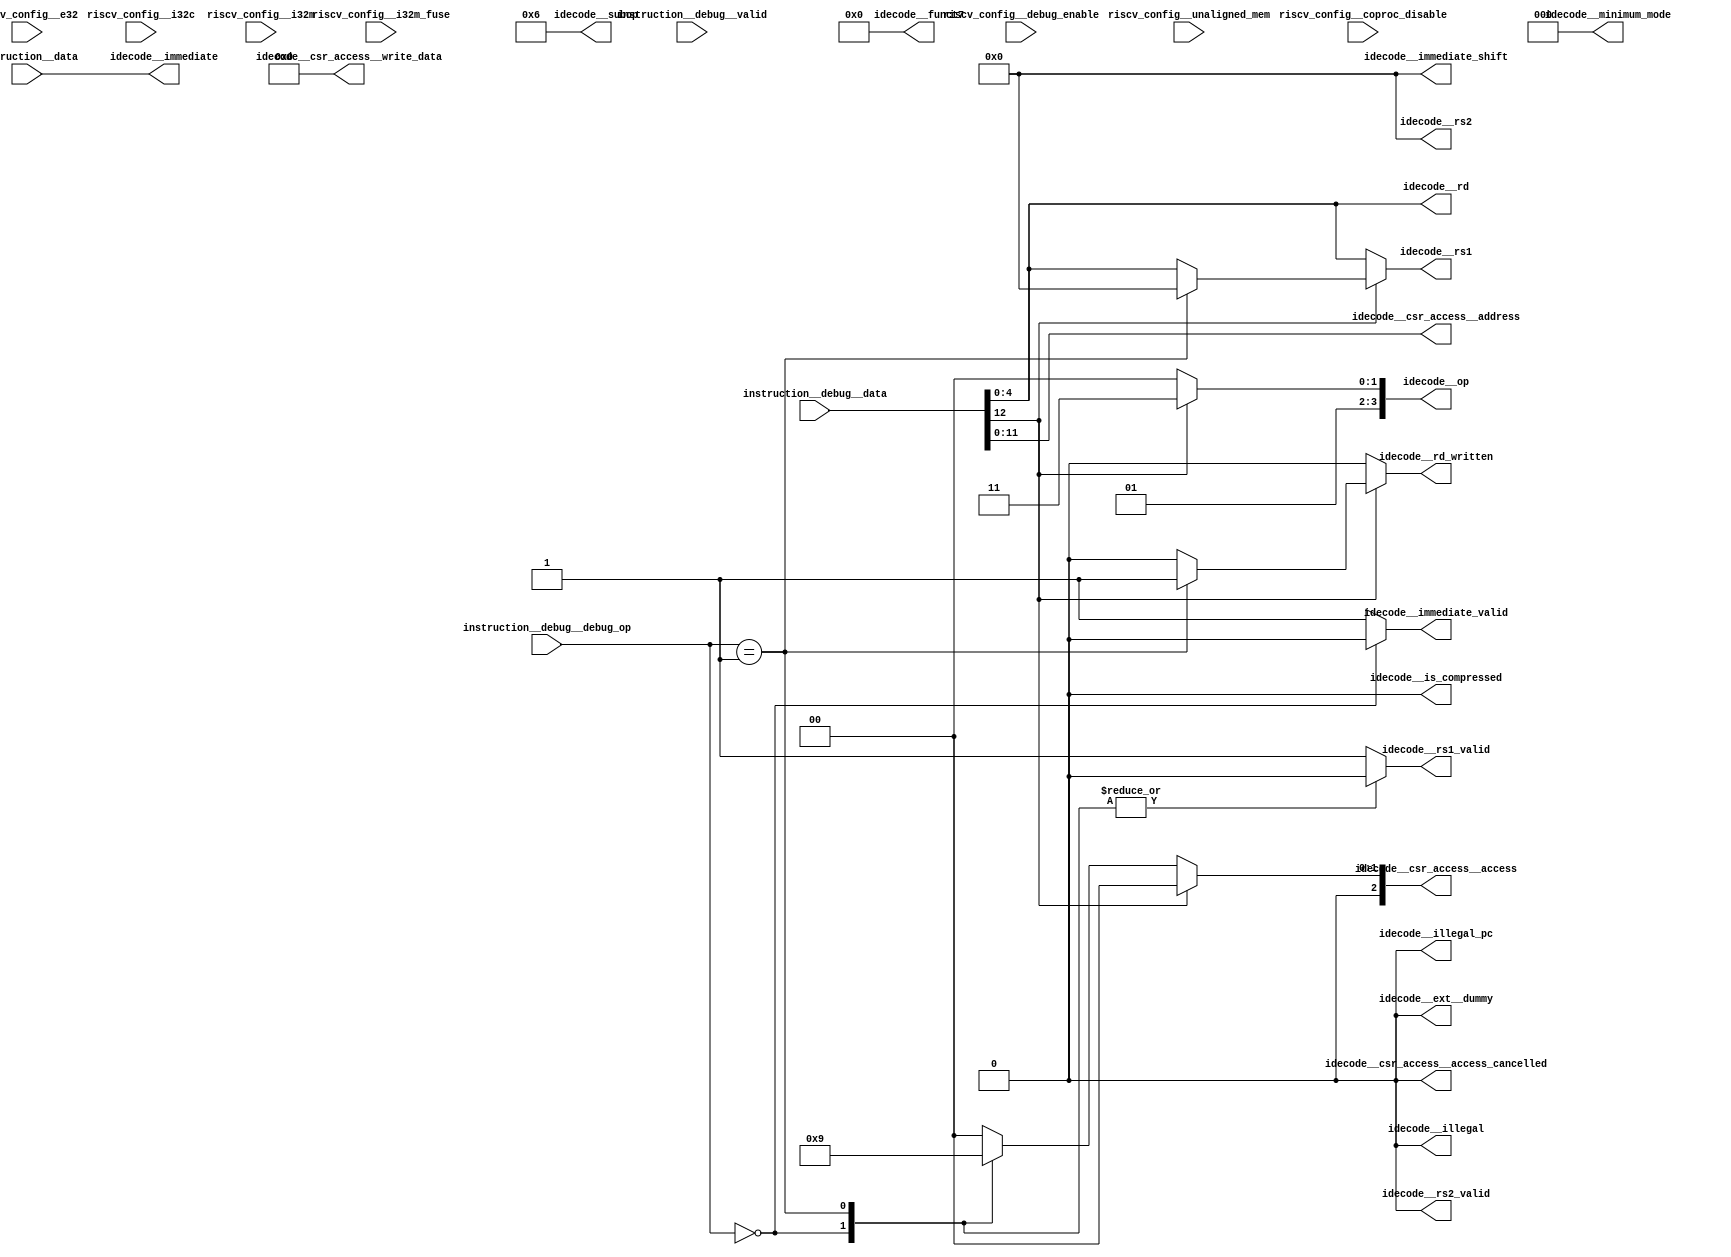
//a Note: created by CDL 1.4 - do not hand edit without recognizing it will be out of sync with the source
// Output mode 0 (VMOD=1, standard verilog=0)
// Verilog option comb reg suffix '__var'
// Verilog option include_displays 0
// Verilog option include_assertions 1
// Verilog option sv_assertions 0
// Verilog option assert delay string '<NULL>'
// Verilog option include_coverage 0
// Verilog option clock_gate_module_instance_type 'banana'
// Verilog option clock_gate_module_instance_extra_ports ''
// Verilog option use_always_at_star 1
// Verilog option clocks_must_have_enables 1

//a Module riscv_i32_debug_decode
    //   
    //   Instruction decoder for RISC-V debugger
    //   
module riscv_i32_debug_decode
(

    riscv_config__i32c,
    riscv_config__e32,
    riscv_config__i32m,
    riscv_config__i32m_fuse,
    riscv_config__debug_enable,
    riscv_config__coproc_disable,
    riscv_config__unaligned_mem,
    instruction__data,
    instruction__debug__valid,
    instruction__debug__debug_op,
    instruction__debug__data,

    idecode__rs1,
    idecode__rs1_valid,
    idecode__rs2,
    idecode__rs2_valid,
    idecode__rd,
    idecode__rd_written,
    idecode__csr_access__access_cancelled,
    idecode__csr_access__access,
    idecode__csr_access__address,
    idecode__csr_access__write_data,
    idecode__immediate,
    idecode__immediate_shift,
    idecode__immediate_valid,
    idecode__op,
    idecode__subop,
    idecode__funct7,
    idecode__minimum_mode,
    idecode__illegal,
    idecode__illegal_pc,
    idecode__is_compressed,
    idecode__ext__dummy
);

    //b Clocks

    //b Inputs
    input riscv_config__i32c;
    input riscv_config__e32;
    input riscv_config__i32m;
    input riscv_config__i32m_fuse;
    input riscv_config__debug_enable;
    input riscv_config__coproc_disable;
    input riscv_config__unaligned_mem;
    input [31:0]instruction__data;
    input instruction__debug__valid;
    input [1:0]instruction__debug__debug_op;
    input [15:0]instruction__debug__data;

    //b Outputs
    output [4:0]idecode__rs1;
    output idecode__rs1_valid;
    output [4:0]idecode__rs2;
    output idecode__rs2_valid;
    output [4:0]idecode__rd;
    output idecode__rd_written;
    output idecode__csr_access__access_cancelled;
    output [2:0]idecode__csr_access__access;
    output [11:0]idecode__csr_access__address;
    output [31:0]idecode__csr_access__write_data;
    output [31:0]idecode__immediate;
    output [4:0]idecode__immediate_shift;
    output idecode__immediate_valid;
    output [3:0]idecode__op;
    output [3:0]idecode__subop;
    output [6:0]idecode__funct7;
    output [2:0]idecode__minimum_mode;
    output idecode__illegal;
    output idecode__illegal_pc;
    output idecode__is_compressed;
    output idecode__ext__dummy;

// output components here

    //b Output combinatorials
    reg [4:0]idecode__rs1;
    reg idecode__rs1_valid;
    reg [4:0]idecode__rs2;
    reg idecode__rs2_valid;
    reg [4:0]idecode__rd;
    reg idecode__rd_written;
    reg idecode__csr_access__access_cancelled;
    reg [2:0]idecode__csr_access__access;
    reg [11:0]idecode__csr_access__address;
    reg [31:0]idecode__csr_access__write_data;
    reg [31:0]idecode__immediate;
    reg [4:0]idecode__immediate_shift;
    reg idecode__immediate_valid;
    reg [3:0]idecode__op;
    reg [3:0]idecode__subop;
    reg [6:0]idecode__funct7;
    reg [2:0]idecode__minimum_mode;
    reg idecode__illegal;
    reg idecode__illegal_pc;
    reg idecode__is_compressed;
    reg idecode__ext__dummy;

    //b Output nets

    //b Internal and output registers

    //b Internal combinatorials

    //b Internal nets

    //b Clock gating module instances
    //b Module instances
    //b idecode_logic combinatorial process
    always @ ( * )//idecode_logic
    begin: idecode_logic__comb_code
    reg [4:0]idecode__rs1__var;
    reg idecode__rs1_valid__var;
    reg [4:0]idecode__rs2__var;
    reg idecode__rs2_valid__var;
    reg [4:0]idecode__rd__var;
    reg idecode__rd_written__var;
    reg [2:0]idecode__csr_access__access__var;
    reg [11:0]idecode__csr_access__address__var;
    reg [31:0]idecode__immediate__var;
    reg idecode__immediate_valid__var;
    reg [3:0]idecode__op__var;
    reg [3:0]idecode__subop__var;
        idecode__rs1__var = 5'h0;
        idecode__rs1_valid__var = 1'h0;
        idecode__rs2__var = 5'h0;
        idecode__rs2_valid__var = 1'h0;
        idecode__rd__var = 5'h0;
        idecode__rd_written__var = 1'h0;
        idecode__csr_access__access_cancelled = 1'h0;
        idecode__csr_access__access__var = 3'h0;
        idecode__csr_access__address__var = 12'h0;
        idecode__csr_access__write_data = 32'h0;
        idecode__immediate__var = 32'h0;
        idecode__immediate_shift = 5'h0;
        idecode__immediate_valid__var = 1'h0;
        idecode__op__var = 4'h0;
        idecode__subop__var = 4'h0;
        idecode__funct7 = 7'h0;
        idecode__minimum_mode = 3'h0;
        idecode__illegal = 1'h0;
        idecode__illegal_pc = 1'h0;
        idecode__is_compressed = 1'h0;
        idecode__ext__dummy = 1'h0;
        if ((riscv_config__i32c!=1'h0))
        begin
            idecode__rs1_valid__var = 1'h0;
        end //if
        idecode__immediate__var = instruction__data;
        idecode__rs1__var = instruction__debug__data[4:0];
        idecode__rs1_valid__var = 1'h1;
        idecode__rs2__var = 5'h0;
        idecode__rs2_valid__var = 1'h0;
        idecode__rd__var = instruction__debug__data[4:0];
        idecode__rd_written__var = 1'h0;
        idecode__immediate_valid__var = 1'h1;
        idecode__op__var = 4'h7;
        idecode__subop__var = 4'h6;
        idecode__csr_access__access__var = 3'h0;
        idecode__csr_access__address__var = instruction__debug__data[11:0];
        if ((instruction__debug__data[12]!=1'h0))
        begin
            case (instruction__debug__debug_op) //synopsys parallel_case
            2'h0: // req 1
                begin
                idecode__rs1_valid__var = 1'h0;
                idecode__immediate_valid__var = 1'h0;
                end
            2'h1: // req 1
                begin
                idecode__rs1__var = 5'h0;
                idecode__rs1_valid__var = 1'h0;
                idecode__immediate_valid__var = 1'h1;
                idecode__rd_written__var = 1'h1;
                end
    //synopsys  translate_off
    //pragma coverage off
            default:
                begin
                    if (1)
                    begin
                        $display("%t *********CDL ASSERTION FAILURE:riscv_i32_debug_decode:idecode_logic: Full switch statement did not cover all values", $time);
                    end
                end
    //pragma coverage on
    //synopsys  translate_on
            endcase
        end //if
        else
        
        begin
            idecode__op__var = 4'h4;
            idecode__subop__var = 4'h6;
            case (instruction__debug__debug_op) //synopsys parallel_case
            2'h0: // req 1
                begin
                idecode__csr_access__access__var = 3'h2;
                idecode__rs1_valid__var = 1'h0;
                idecode__immediate_valid__var = 1'h0;
                end
            2'h1: // req 1
                begin
                idecode__csr_access__access__var = 3'h1;
                idecode__rs1_valid__var = 1'h0;
                idecode__immediate_valid__var = 1'h1;
                end
    //synopsys  translate_off
    //pragma coverage off
            default:
                begin
                    if (1)
                    begin
                        $display("%t *********CDL ASSERTION FAILURE:riscv_i32_debug_decode:idecode_logic: Full switch statement did not cover all values", $time);
                    end
                end
    //pragma coverage on
    //synopsys  translate_on
            endcase
        end //else
        idecode__rs1 = idecode__rs1__var;
        idecode__rs1_valid = idecode__rs1_valid__var;
        idecode__rs2 = idecode__rs2__var;
        idecode__rs2_valid = idecode__rs2_valid__var;
        idecode__rd = idecode__rd__var;
        idecode__rd_written = idecode__rd_written__var;
        idecode__csr_access__access = idecode__csr_access__access__var;
        idecode__csr_access__address = idecode__csr_access__address__var;
        idecode__immediate = idecode__immediate__var;
        idecode__immediate_valid = idecode__immediate_valid__var;
        idecode__op = idecode__op__var;
        idecode__subop = idecode__subop__var;
    end //always

endmodule // riscv_i32_debug_decode